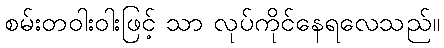
စမ်းတဝါးဝါးဖြင့် သာ လုပ်ကိုင်နေရလေသည်။